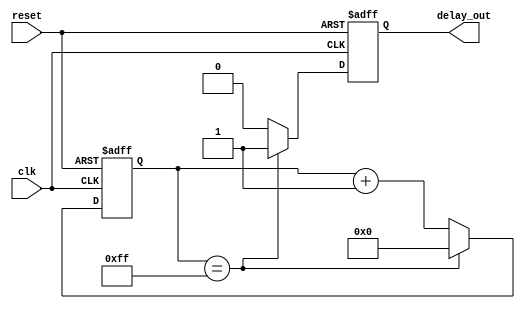
module RC_delay_circuit (
    input wire clk,
    input wire reset,
    output reg delay_out
);

reg [7:0] counter;

always @(posedge clk or posedge reset) begin
    if (reset) begin
        counter <= 8'b0;
        delay_out <= 1'b0;
    end else begin
        if (counter == 8'd255) begin
            counter <= 8'd0;
            delay_out <= 1'b1;
        end else begin
            counter <= counter + 1;
            delay_out <= 1'b0;
        end
    end
end

endmodule